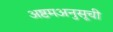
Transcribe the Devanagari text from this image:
अष्टमअनुसूची